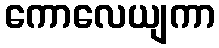
ကောလေယျကာ